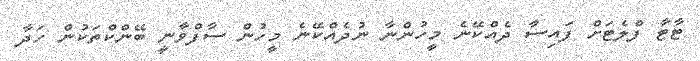
ޓާޓާ ފްލެޓަށް ފައިސާ ދެއްކޭނެ މީހުންނާ ނުދެއްކޭނެ މީހުން ސާފްވާނީ ބޭންކްތަކުން ހަދާ